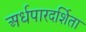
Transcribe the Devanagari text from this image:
अर्धपारदर्शिता